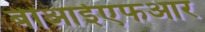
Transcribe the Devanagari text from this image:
बीआईएफआर